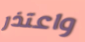
واعتذر